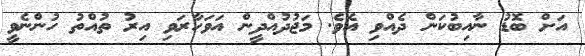
އަށް ބޮޑު ނާއިބުކަން ދެއްވި އެވެ. މަޖުދުއްދީން އަވަހާރަވި އިރު ތުއްތު ހުންނެވީ